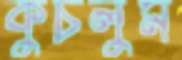
কুচলুম